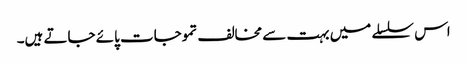
اس سلسلے میں بہت سے مخالف تموجات پائے جاتے ہیں۔